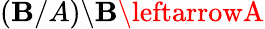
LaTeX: (\mathbf{B}/A)\backslash\mathbf{B}\leftarrowA